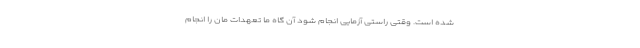
شده است. وقتی راستی آزمایی انجام شود آن گاه ما تعهدات مان را انجام